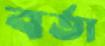
বর্তা